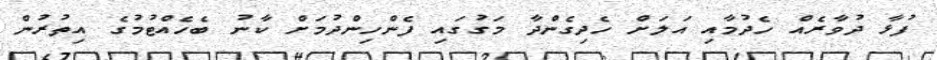
ފުޅާ ދުވާރެއް ހެދުމާއި އަލަށް ހެދިގެންދާ މަގުގައި ފެންހިންދުމަށް ކާނު ބެހެއްޓުމުގެ އިތުރުން